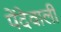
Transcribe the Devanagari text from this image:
पेंदेवाली